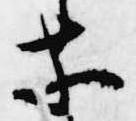
等